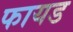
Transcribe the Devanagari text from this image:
फायड